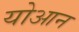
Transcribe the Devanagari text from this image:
योआन